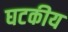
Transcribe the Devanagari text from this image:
घटकीय